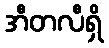
အီတလီရှိ